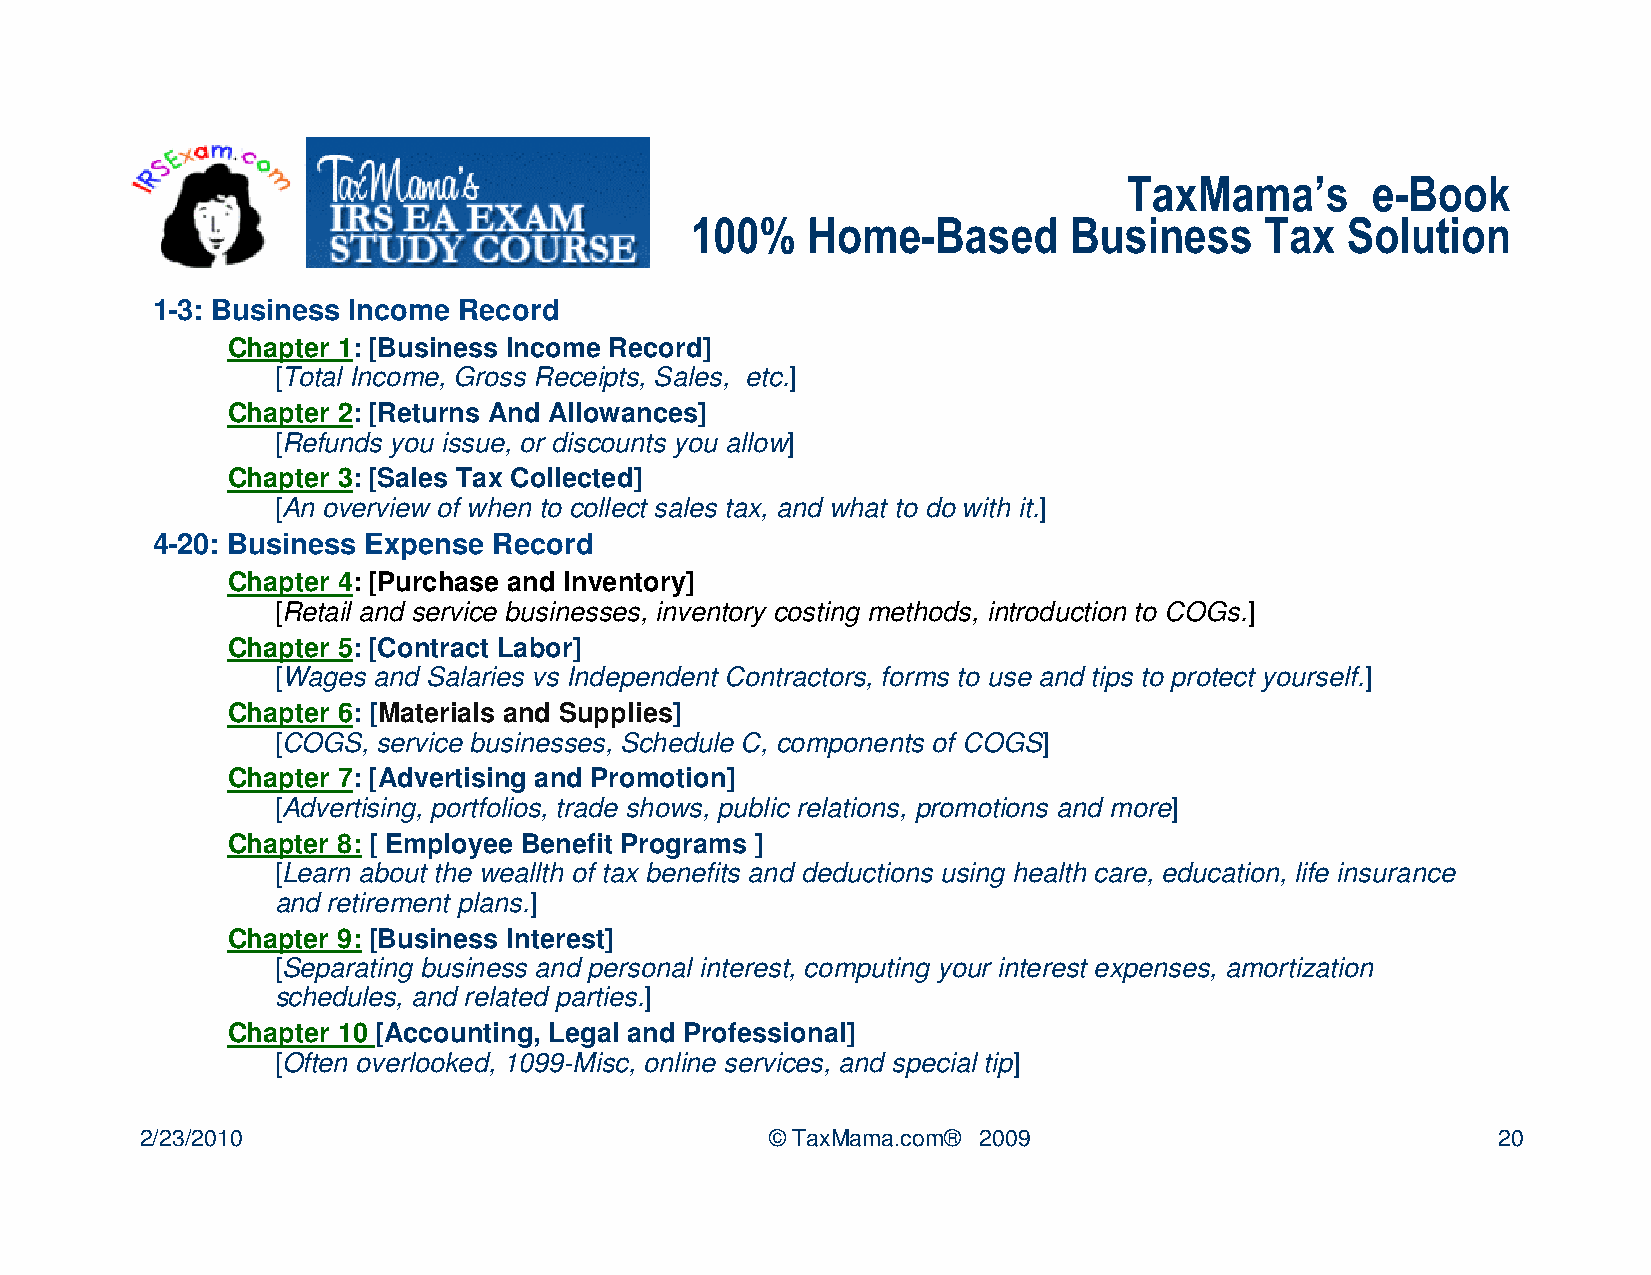
TaxMama’s       e-Book
 100%   Home-Based        Business     Tax  Solution
 1-3: Business Income Record
 Chapter 1: [Business Income Record]
 [Total Income, Gross Receipts, Sales, etc.]
 Chapter 2: [Returns And Allowances]
 [Refunds you issue, or discounts you allow]
 Chapter 3: [Sales Tax Collected]
 [An overview of when to collect sales tax, and what to do with it.]
 4-20: Business Expense Record
 Chapter 4: [Purchase and Inventory]
 [Retail and service businesses, inventory costing methods, introduction to COGs.]
 Chapter 5: [Contract Labor]
 [Wages and Salaries vs Independent Contractors, forms to use and tips to protect yourself.]
 Chapter 6: [Materials and Supplies]
 [COGS, service businesses, Schedule C, components of COGS]
 Chapter 7: [Advertising and Promotion]
 [Advertising, portfolios, trade shows, public relations, promotions and more]
 Chapter 8: [ Employee Benefit Programs ]
 [Learn about the weallth of tax benefits and deductions using health care, education, life insurance
 and retirement plans.]
 Chapter 9: [Business Interest]
 [Separating business and personal interest, computing your interest expenses, amortization
 schedules, and related parties.]
 Chapter 10 [Accounting, Legal and Professional]
 [Often overlooked, 1099-Misc, online services, and special tip]
 2/23/2010                                 © TaxMama.com® 2009                             20